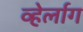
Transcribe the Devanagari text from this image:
व्हेर्लाग